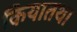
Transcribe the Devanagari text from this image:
कियातथा